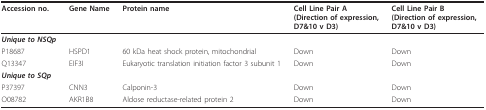
<table><thead><tr><td><b>Accession no.</b></td><td><b>Gene Name</b></td><td><b>Protein name</b></td><td><b>Cell Line Pair A(Direction of expression,D7&amp;10 v D3)</b></td><td><b>Cell Line Pair B(Direction of expression,D7&amp;10 v D3)</b></td></tr></thead><tbody><tr><td><b><i>Unique to NSQp</i></b></td><td></td><td></td><td></td><td></td></tr><tr><td>P18687</td><td>HSPD1</td><td>60 kDa heat shock protein, mitochondrial</td><td>Down</td><td>Down</td></tr><tr><td>Q13347</td><td>EIF3I</td><td>Eukaryotic translation initiation factor 3 subunit 1</td><td>Down</td><td>Down</td></tr><tr><td><b><i>Unique to SQp</i></b></td><td></td><td></td><td></td><td></td></tr><tr><td>P37397</td><td>CNN3</td><td>Calponin-3</td><td>Down</td><td>Down</td></tr><tr><td>O08782</td><td>AKR1B8</td><td>Aldose reductase-related protein 2</td><td>Down</td><td>Down</td></tr></tbody></table>